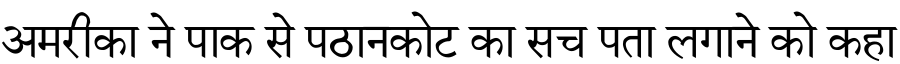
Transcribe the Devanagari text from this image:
अमरीका ने पाक से पठानकोट का सच पता लगाने को कहा